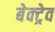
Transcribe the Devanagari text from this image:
बेक्ट्रेव